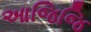
આજિજિ